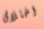
اختلاق